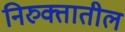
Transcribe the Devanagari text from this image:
निरुक्तातील